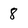
Character: 8